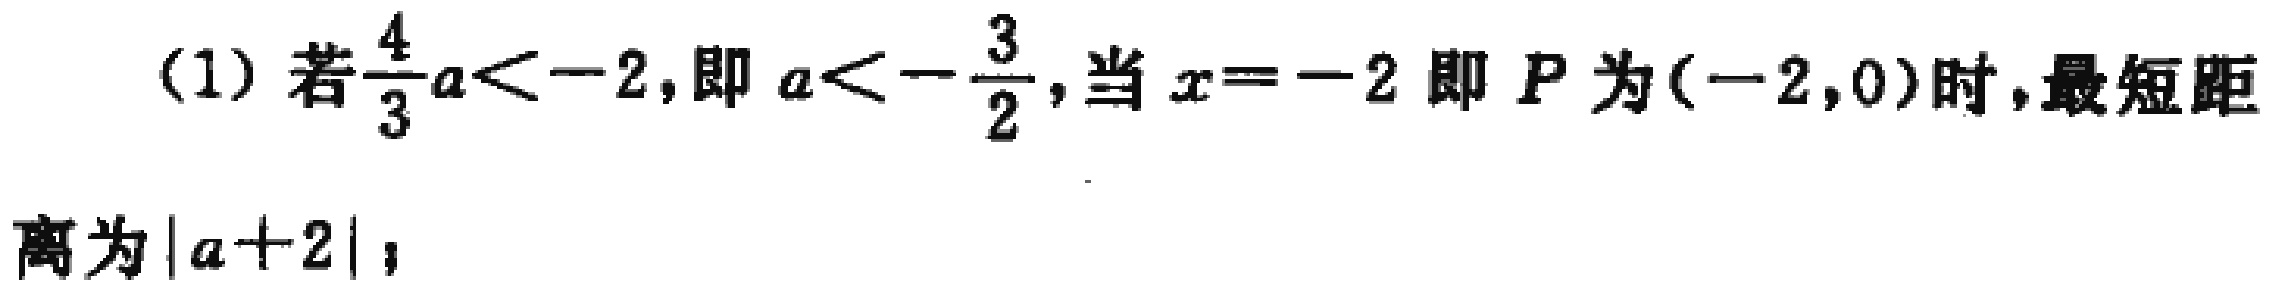
(1) 若$\frac{4}{3}a < -2$,即$a < -\frac{3}{2}$,当$x = -2$即$P$为$(-2,0)$时,最短距离为$|a + 2|$；